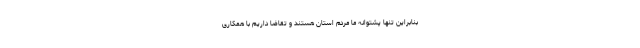
بنابراین تنها پشتوانه ما مردم استان هستند و تقاضا داریم با همکاری